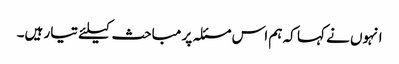
انہوں نے کہا کہ ہم اس مسئلہ پر مباحث کیلئے تیار ہیں۔